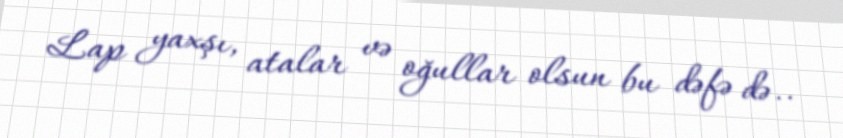
Lap yaxşı, atalar və oğullar olsun bu dəfə də..